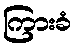
ကြားခံ